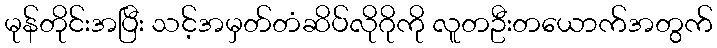
မုန်တိုင်းအပြီး သင့်အမှတ်တံဆိပ်လိုဂိုကို လူတဦးတယောက်အတွက်